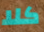
كلا